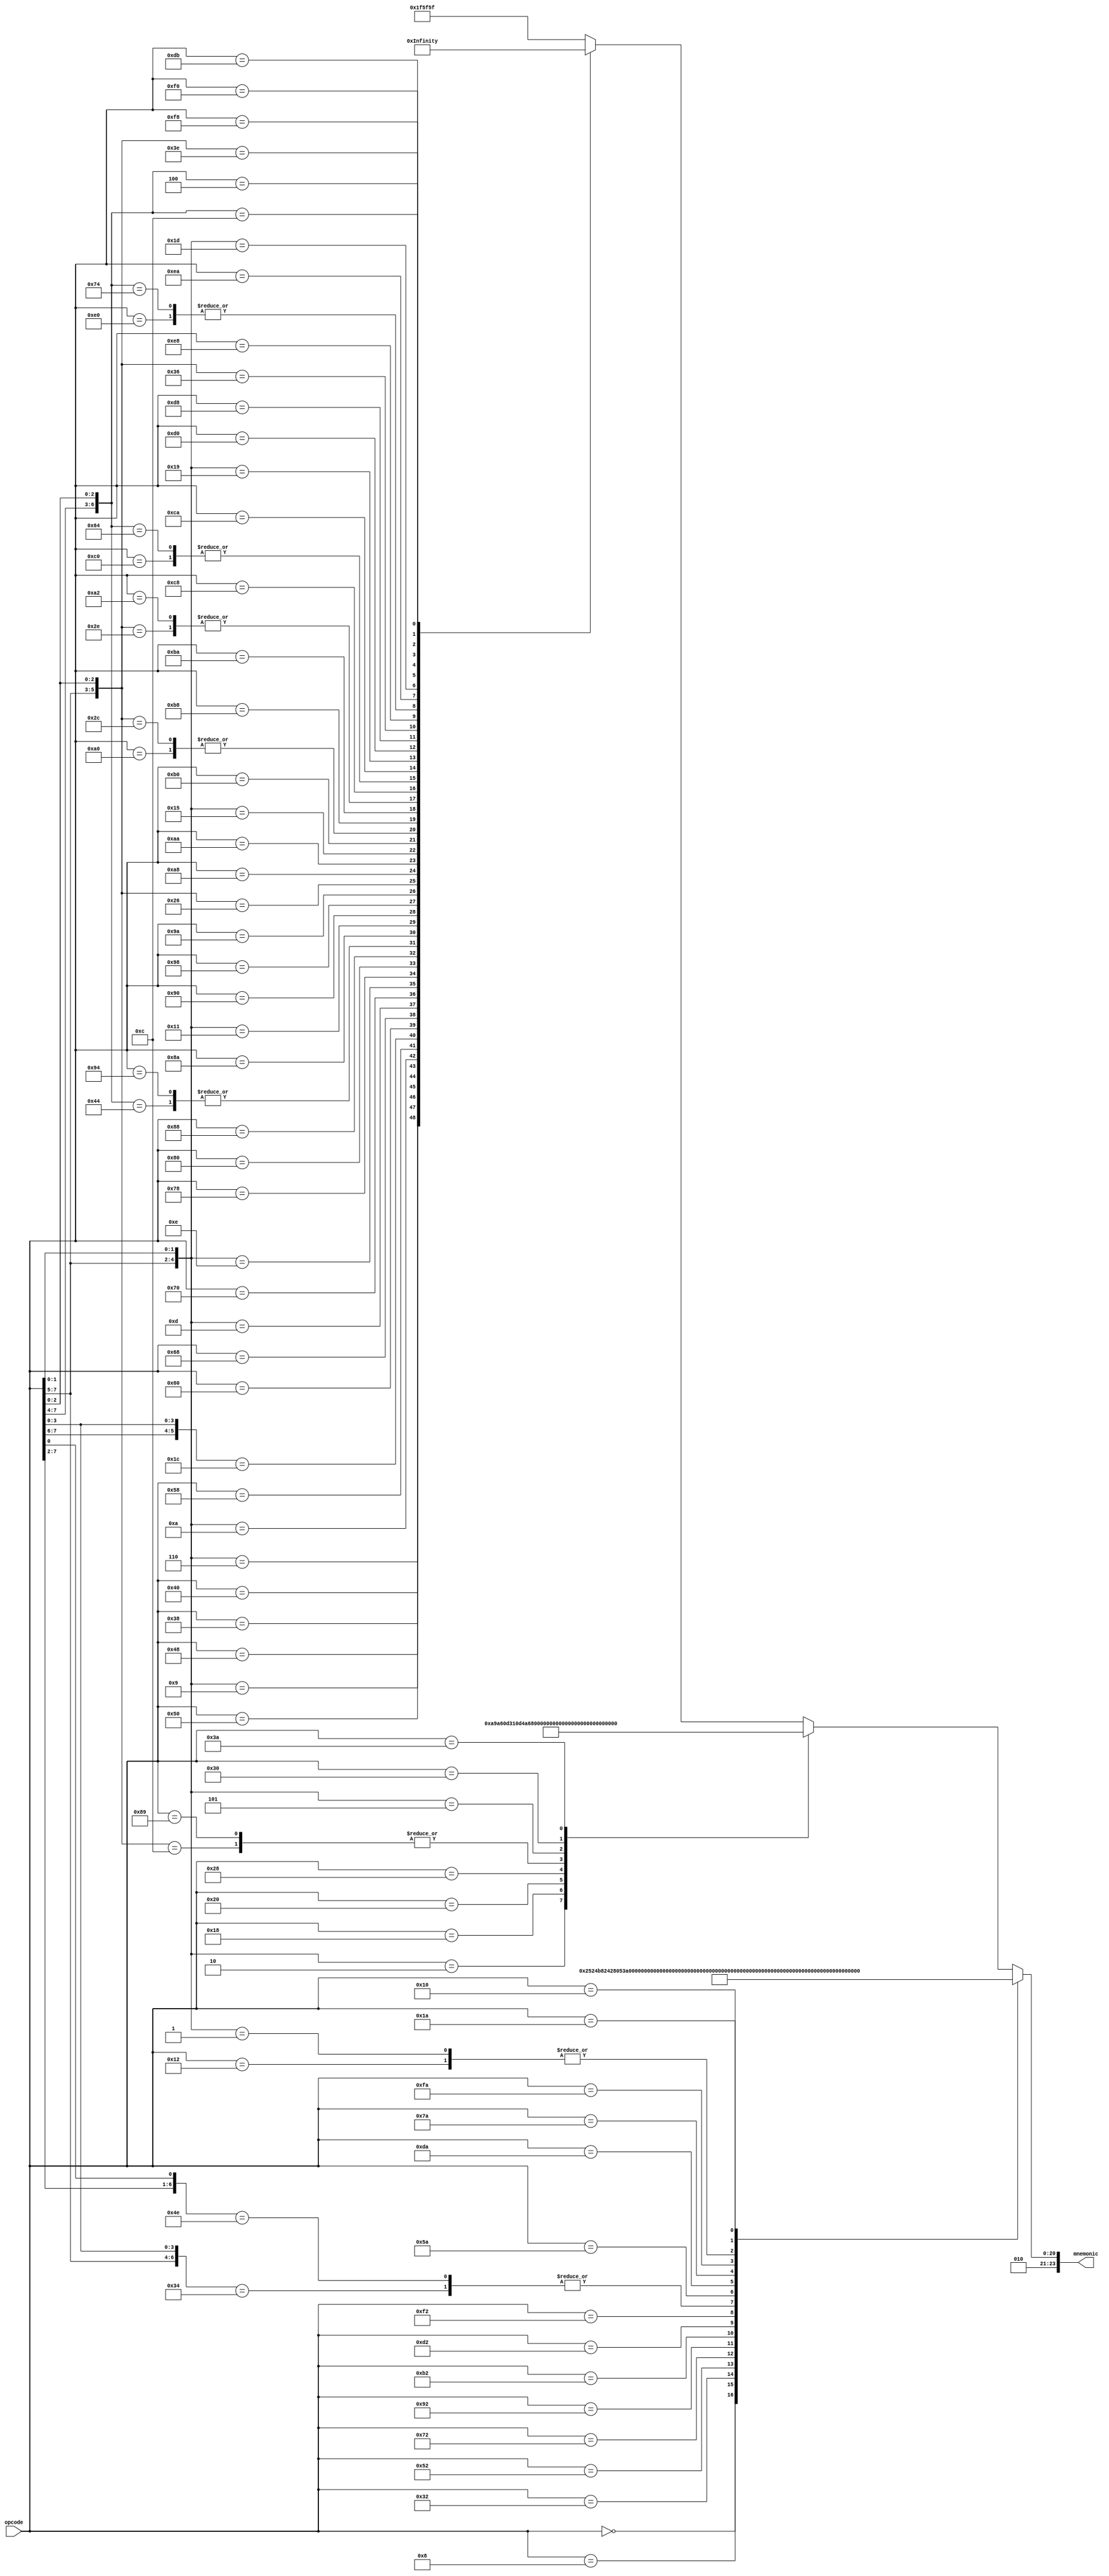
module disas(
    input [7:0] opcode,
    output reg [23:0] mnemonic );

always @*
    casez( opcode )
            8'b0000_0000: mnemonic = "BRK";
            8'b0000_1000: mnemonic = "PHP";
            8'b0001_0010: mnemonic = "ORA";
            8'b0011_0010: mnemonic = "AND";
            8'b0101_0010: mnemonic = "EOR";
            8'b0111_0010: mnemonic = "ADC";
            8'b1001_0010: mnemonic = "STA";
            8'b1011_0010: mnemonic = "LDA";
            8'b1101_0010: mnemonic = "CMP";
            8'b1111_0010: mnemonic = "SBC";
            8'b011?_0100: mnemonic = "STZ";
            8'b1001_11?0: mnemonic = "STZ";
            8'b0101_1010: mnemonic = "PHY";
            8'b1101_1010: mnemonic = "PHX";
            8'b0111_1010: mnemonic = "PLY";
            8'b1111_1010: mnemonic = "PLX";
            8'b000?_??01: mnemonic = "ORA";
            8'b0001_0000: mnemonic = "BPL";
            8'b0001_1010: mnemonic = "INA";
            8'b000?_??10: mnemonic = "ASL";
            8'b0001_1000: mnemonic = "CLC";
            8'b0010_0000: mnemonic = "JSR";
            8'b0010_1000: mnemonic = "PLP";
            8'b001?_?100: mnemonic = "BIT";
            8'b1000_1001: mnemonic = "BIT";
            8'b001?_??01: mnemonic = "AND";
            8'b0011_0000: mnemonic = "BMI";
            8'b0011_1010: mnemonic = "DEA";
            8'b001?_??10: mnemonic = "ROL";
            8'b0011_1000: mnemonic = "SEC";
            8'b0100_0000: mnemonic = "RTI";
            8'b0100_1000: mnemonic = "PHA";
            8'b010?_??01: mnemonic = "EOR";
            8'b0101_0000: mnemonic = "BVC";
            8'b010?_??10: mnemonic = "LSR";
            8'b0101_1000: mnemonic = "CLI";
            8'b01??_1100: mnemonic = "JMP";
            8'b0110_0000: mnemonic = "RTS";
            8'b0110_1000: mnemonic = "PLA";
            8'b011?_??01: mnemonic = "ADC";
            8'b0111_0000: mnemonic = "BVS";
            8'b011?_??10: mnemonic = "ROR";
            8'b0111_1000: mnemonic = "SEI";
            8'b1000_0000: mnemonic = "BRA";
            8'b1000_1000: mnemonic = "DEY";
            8'b1000_?100: mnemonic = "STY";
            8'b1001_0100: mnemonic = "STY";
            8'b1000_1010: mnemonic = "TXA";
            8'b1001_0010: mnemonic = "STA";
            8'b100?_??01: mnemonic = "STA";
            8'b1001_0000: mnemonic = "BCC";
            8'b1001_1000: mnemonic = "TYA";
            8'b1001_1010: mnemonic = "TXS";
            8'b100?_?110: mnemonic = "STX";
            8'b1010_0000: mnemonic = "LDY";
            8'b1010_1000: mnemonic = "TAY";
            8'b1010_1010: mnemonic = "TAX";
            8'b101?_??01: mnemonic = "LDA";
            8'b1011_0000: mnemonic = "BCS";
            8'b101?_?100: mnemonic = "LDY";
            8'b1011_1000: mnemonic = "CLV";
            8'b1011_1010: mnemonic = "TSX";
            8'b101?_?110: mnemonic = "LDX";
            8'b1010_0010: mnemonic = "LDX";
            8'b1100_0000: mnemonic = "CPY";
            8'b1100_1000: mnemonic = "INY";
            8'b1100_?100: mnemonic = "CPY";
            8'b1100_1010: mnemonic = "DEX";
            8'b110?_??01: mnemonic = "CMP";
            8'b1101_0000: mnemonic = "BNE";
            8'b1101_1000: mnemonic = "CLD";
            8'b110?_?110: mnemonic = "DEC";
            8'b1110_0000: mnemonic = "CPX";
            8'b1110_1000: mnemonic = "INX";
            8'b1110_?100: mnemonic = "CPX";
            8'b1110_1010: mnemonic = "NOP";
            8'b111?_??01: mnemonic = "SBC";
            8'b1111_0000: mnemonic = "BEQ";
            8'b1111_1000: mnemonic = "SED";
            8'b111?_?110: mnemonic = "INC";
            8'b1101_1011: mnemonic = "STP";
            8'b0000_?100: mnemonic = "TSB";
            8'b0001_?100: mnemonic = "TRB";

            default:      mnemonic = "___";
    endcase

endmodule